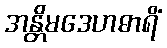
အန္တိမဒေဟဓာရိံ